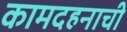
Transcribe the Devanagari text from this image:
कामदहनाची